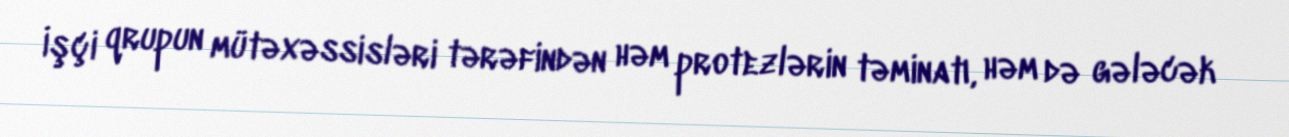
İşçi qrupun mütəxəssisləri tərəfindən həm protezlərin təminatı, həm də gələcək